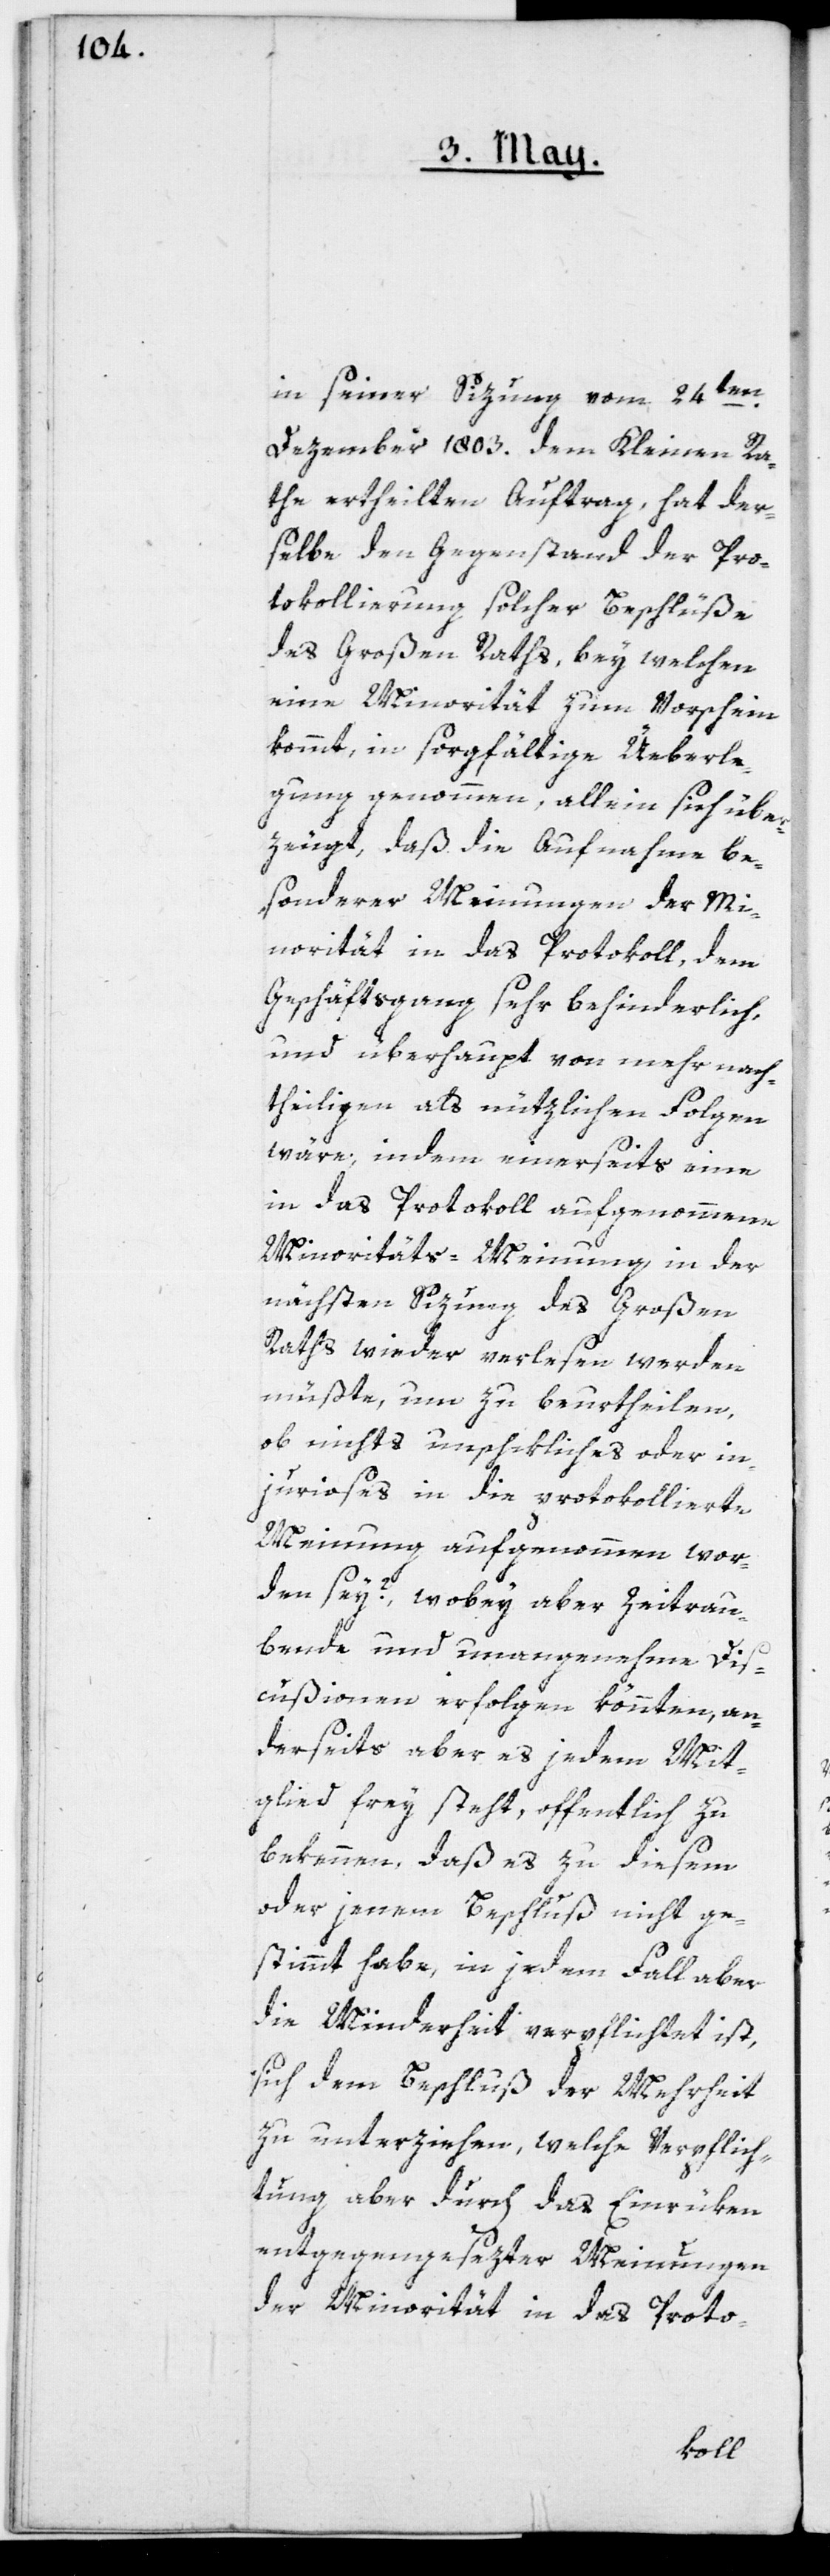
in seiner Sizung vom 24ten
Dezember 1803. dem Kleinen Ra¬
the ertheilten Auftrag, hat der¬
selbe den Gegenstand der Pro¬
tokollierung solcher Beschlüße
des Großen Raths, bey welchen
eine Minorität zum Vorschein
kommt, in sorgfältige Üeberle¬
gung genommen, allein sich über¬
zeugt, daß die Aufnahme be¬
sonderer Meinungen der Mi¬
norität in das Protokoll, dem
Geschäftsgang sehr behinderlich,
und überhaupt von mehr nach¬
theiligen als nützlichen Folgen
wäre, indem einerseits eine
in das Protokoll aufgenommene
Minoritäts-Meinung in der
nächsten Sizung des Großen
Raths wieder verlesen werden
müßte, um zu beurtheilen,
ob nichts unschikliches oder in¬
jurioses in die protokollierte
Meinung aufgenommen wor¬
den sey? wobey aber zeitrau¬
bende und unangenehme Dis¬
cußionen erfolgen könnten, an¬
derseits aber es jedem Mit¬
glied frey steht, öffentlich zu
bekennen, daß es zu diesem
oder jenem Beschluß nicht ge¬
stimmt habe, in jedem Fall aber
die Minderheit verpflichtet ist,
sich dem Beschluß der Mehrheit
zu unterziehen, welche Verpflich¬
tung aber durch das Einrüken
entgegengesezter Meinungen
der Minorität in das Proto-